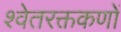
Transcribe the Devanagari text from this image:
श्वेतरक्तकणों